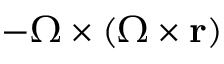
- { \boldsymbol { \Omega } } \times ( { \boldsymbol { \Omega } } \times \mathbf { r } )